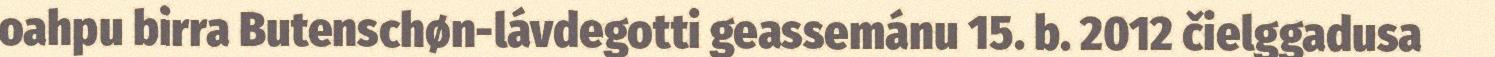
oahpu birra Butenschøn-lávdegotti geassemánu 15. b. 2012 čielggadusa